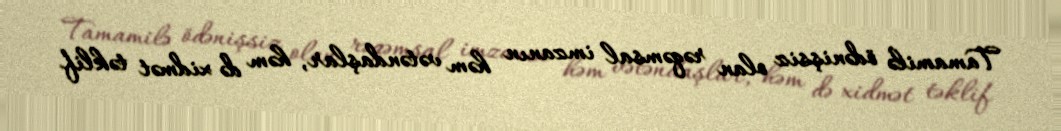
Tamamilə ödənişsiz olan rəqəmsal imzanın həm vətəndaşlar, həm də xidmət təklif